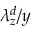
\lambda _ { z } ^ { d } / y